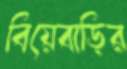
বিয়েবাড়ির